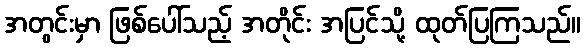
အတွင်းမှာ ဖြစ်ပေါ်သည့် အတိုင်း အပြင်သို့ ထုတ်ပြကြသည်။